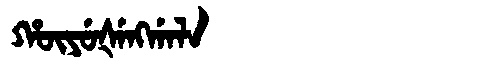
Manchu: ᡥᡡᠶᡠᡧᡝᠩᡤᠠᠯᠠ
Romanization: HŪYUŠENGGALA